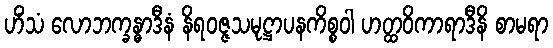
ဟိံသံ လောဘက္ခန္ဓာဒီနံ နိရဝဇ္ဇသမုဋ္ဌာပနကိစ္စဝါ ဟတ္ထဝိကာရာဒီနိ စာမရာ